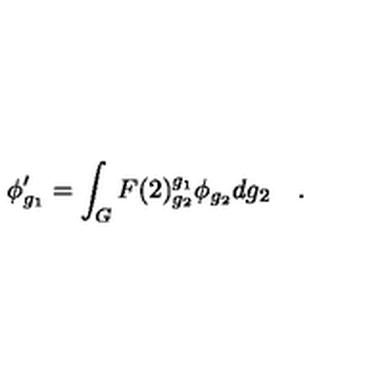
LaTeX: \phi _ { g _ { 1 } } ^ { \prime } = \int _ { G } F ( 2 ) _ { g _ { 2 } } ^ { g _ { 1 } } \phi _ { g _ { 2 } } d g _ { 2 } \quad .